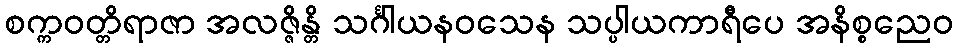
စက္ကဝတ္တိရာဇာ အလဇ္ဇိန္တိ သင်္ဂါယနဝသေန သပ္ပါယကာရီပေ အနိစ္စညေဝ